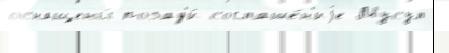
оснащены́ позад'и́ соглаше́н'иjе Мусул